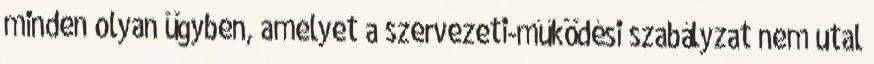
minden olyan ügyben, amelyet a szervezeti-működési szabályzat nem utal